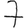
Digit: 7